Report of the veterinary officer investigating camel disease
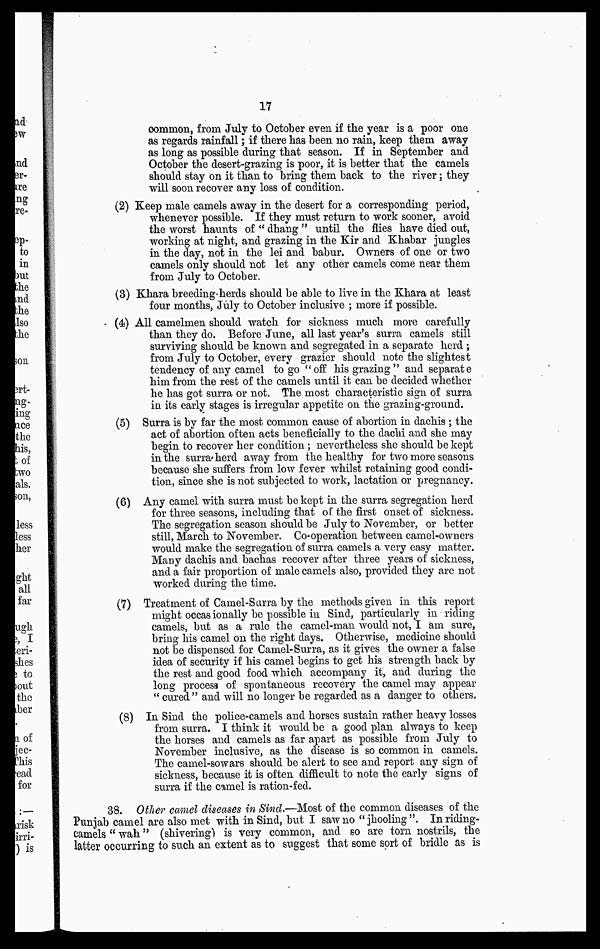
17
common, from July to October even if the year is a poor one
as regards rainfall; if there has been no rain, keep them away
as long as possible during that season. If in September and
October the desert-grazing is poor, it is better that the camels
should stay on it than to bring them back to the river; they
will soon recover any loss of condition.
(2) Keep male camels away in the desert for a corresponding period,
whenever possible. If they must return to work sooner, avoid
the worst haunts of " dhang " until the flies have died out,
working at night, and grazing in the Kir and Khabar jungles
in the day, not in the lei and babur. Owners of one or two
camels only should not let any other camels come near them
from July to October.
(3) Khara breeding-herds should be able to live in the Khara at least
four months, July to October inclusive ; more if possible.
(4) All camelmen should watch for sickness much more carefully
than they do. Before June, all last year's surra camels still
surviving should be known and segregated in a separate herd ;
from July to October, every grazier should note the slightest
tendency of any camel to go "off his grazing" and separate
him from the rest of the camels until it can be decided whether
he has got surra or not. The most characteristic sign of surra
in its early stages is irregular appetite on the grazing-ground.
(5) Surra is by far the most common cause of abortion in dachis ; the
act of abortion often acts beneficially to the dachi and she may
begin to recover her condition; nevertheless she should be kept
in the surra herd away from the healthy for two more seasons
because she suffers from low fever whilst retaining good condi-
tion, since she is not subjected to work, lactation or pregnancy.
(6) Any camel with surra must be kept in the surra segregation herd
for three seasons, including that of the first onset of sickness.
The segregation season should be July to November, or better
still, March to November. Co-operation between camel-owners
would make the segregation of surra camels a very easy matter.
Many dachis and bachas recover after three years of sickness,
and a fair proportion of male camels also, provided they are not
worked during the time.
(7) Treatment of Camel-Surra by the methods given in this report
might occasionally be possible in Sind, particularly in riding
camels, but as a rule the camel-man would not, I am sure,
bring his camel on the right days. Otherwise, medioine should
not be dispensed for Camel-Surra, as it gives the owner a false
idea of security if his camel begins to get his strength back by
the rest and good food which accompany it, and during the
long process of spontaneous recovery the camel may appear
" cured" and will no longer be regarded as a danger to others.
(8) In Sind the police-camels and horses sustain rather heavy losses
from surra. I think it would be a good plan always to keep
the horses and camels as far apart as possible from July to
November inclusive, as the disease is so common in camels.
The camel-sowars should be alert to see and report any sign of
sickness, because it is often difficult to note the early signs of
surra if the camel is ration-fed.
38. Other camel diseases in Sind.—Most of the common diseases of the
Punjab camel are also met with in Sind, but I saw no " jhooling". In riding-
camels " wah" (shivering) is very common, and so are torn nostrils, the
latter occurring to such an extent as to suggest that some sort of bridle as is